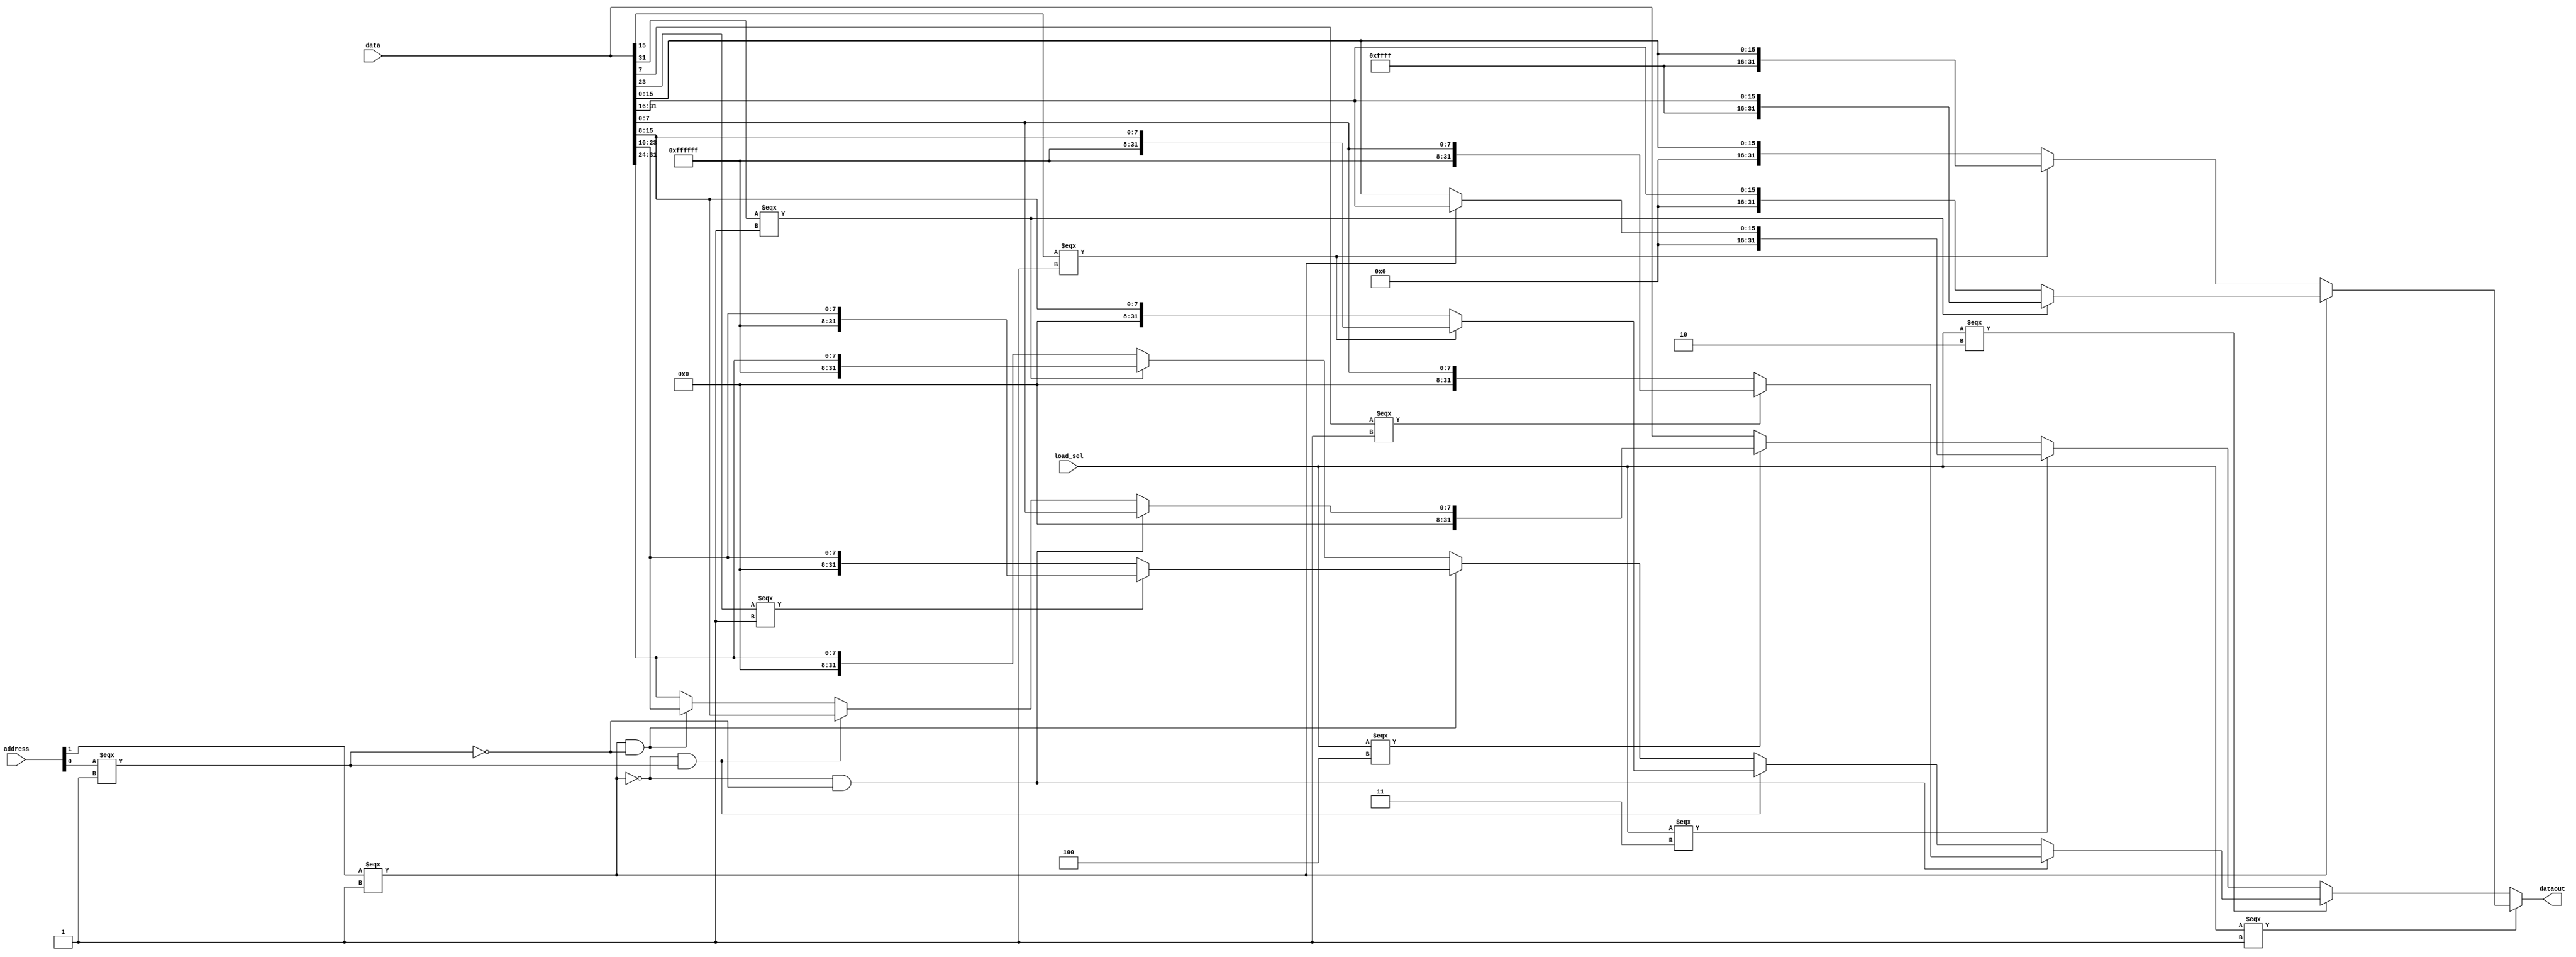
`timescale 1ns / 1ps
//////////////////////////////////////////////////////////////////////////////////
// Company: 
// Engineer: 
// 
// Design Name: 
// Module Name:    load 
// Project Name: 
// Target Devices: 
// Tool versions: 
// Description: 
//
// Dependencies: 
//
// Revision: 
// Revision 0.01 - File Created
// Additional Comments: 
//
//////////////////////////////////////////////////////////////////////////////////
module load(
    input [31:0] data,
    input [31:0] address,
	 input [2:0] load_sel,
    output [31:0] dataout
    );
	wire [31:0]signext_h0;
	wire [31:0]signext_h1;
	wire [31:0]zeroext_h0;
	wire [31:0]zeroext_h1;
	wire [31:0]signext_b0;
	wire [31:0]signext_b1;
	wire [31:0]signext_b2;
	wire [31:0]signext_b3;
	wire [31:0]zeroext_b0;
	wire [31:0]zeroext_b1;
	wire [31:0]zeroext_b2;
	wire [31:0]zeroext_b3;
	 
	 assign address1 = (address[1] === 1);
	 assign address0 = (address[0] === 1);	 
	 
	 assign signext_h0 = (data[15]===1)?{16'b1111111111111111, data[15:0]}:{16'b0000000000000000, data[15:0]};
	 assign signext_h1 = (data[31]===1)?{16'b1111111111111111, data[31:16]}:{16'b0000000000000000, data[31:16]};
	 assign signext_b0 = (data[7]===1)?{24'b111111111111111111111111, data[7:0]}:{24'b000000000000000000000000, data[7:0]};
	 assign signext_b1 = (data[15]===1)?{24'b111111111111111111111111, data[15:8]}:{24'b000000000000000000000000, data[15:8]};
	 assign signext_b2 = (data[23]===1)?{24'b111111111111111111111111, data[23:16]}:{24'b000000000000000000000000, data[23:16]};
	 assign signext_b3 = (data[31]===1)?{24'b111111111111111111111111, data[31:24]}:{24'b000000000000000000000000, data[31:24]};
	 assign zeroext_h0 = {16'b0000000000000000, data[15:0]};
	 assign zeroext_h1 = {16'b0000000000000000, data[31:16]};
	 assign zeroext_b0 = {24'b000000000000000000000000, data[7:0]};	
	 assign zeroext_b1 = {24'b000000000000000000000000, data[15:8]};
	 assign zeroext_b2 = {24'b000000000000000000000000, data[23:16]};
	 assign zeroext_b3 = {24'b000000000000000000000000, data[31:24]};
	 
	 wire [31:0]datalb;
	 wire [31:0]datalh;
	 wire [31:0]datalbu;
	 wire [31:0]datalhu;
	
	 assign datalh = (address1)?signext_h1:signext_h0;
	 assign datalb = (~address1 && ~address0)?signext_b0:
						 (~address1 && address0)?signext_b1:
						 (address1 && ~address0)?signext_b2:signext_b3;
	 assign datalhu = (address1)?zeroext_h1:zeroext_h0;
	 assign datalbu = (~address1 && ~address0)?zeroext_b0:
						 (~address1 && address0)?zeroext_b1:
						 (address1 && ~address0)?zeroext_b2:zeroext_b3;	

	assign dataout = (load_sel === 1)?datalh:
						(load_sel === 2)?datalb:
						(load_sel === 3)?datalhu:
						(load_sel === 4)?datalbu:data;

endmodule